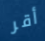
أقر